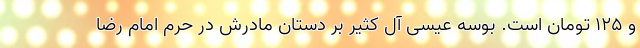
و ۱۲۵ تومان است. بوسه عیسی آل کثیر بر دستان مادرش در حرم امام رضا